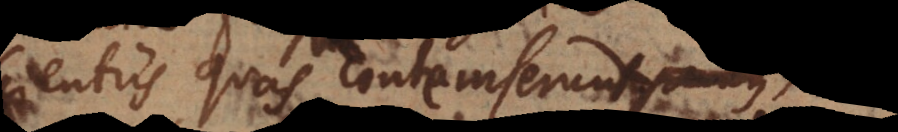
scientiis quas contemserunt,